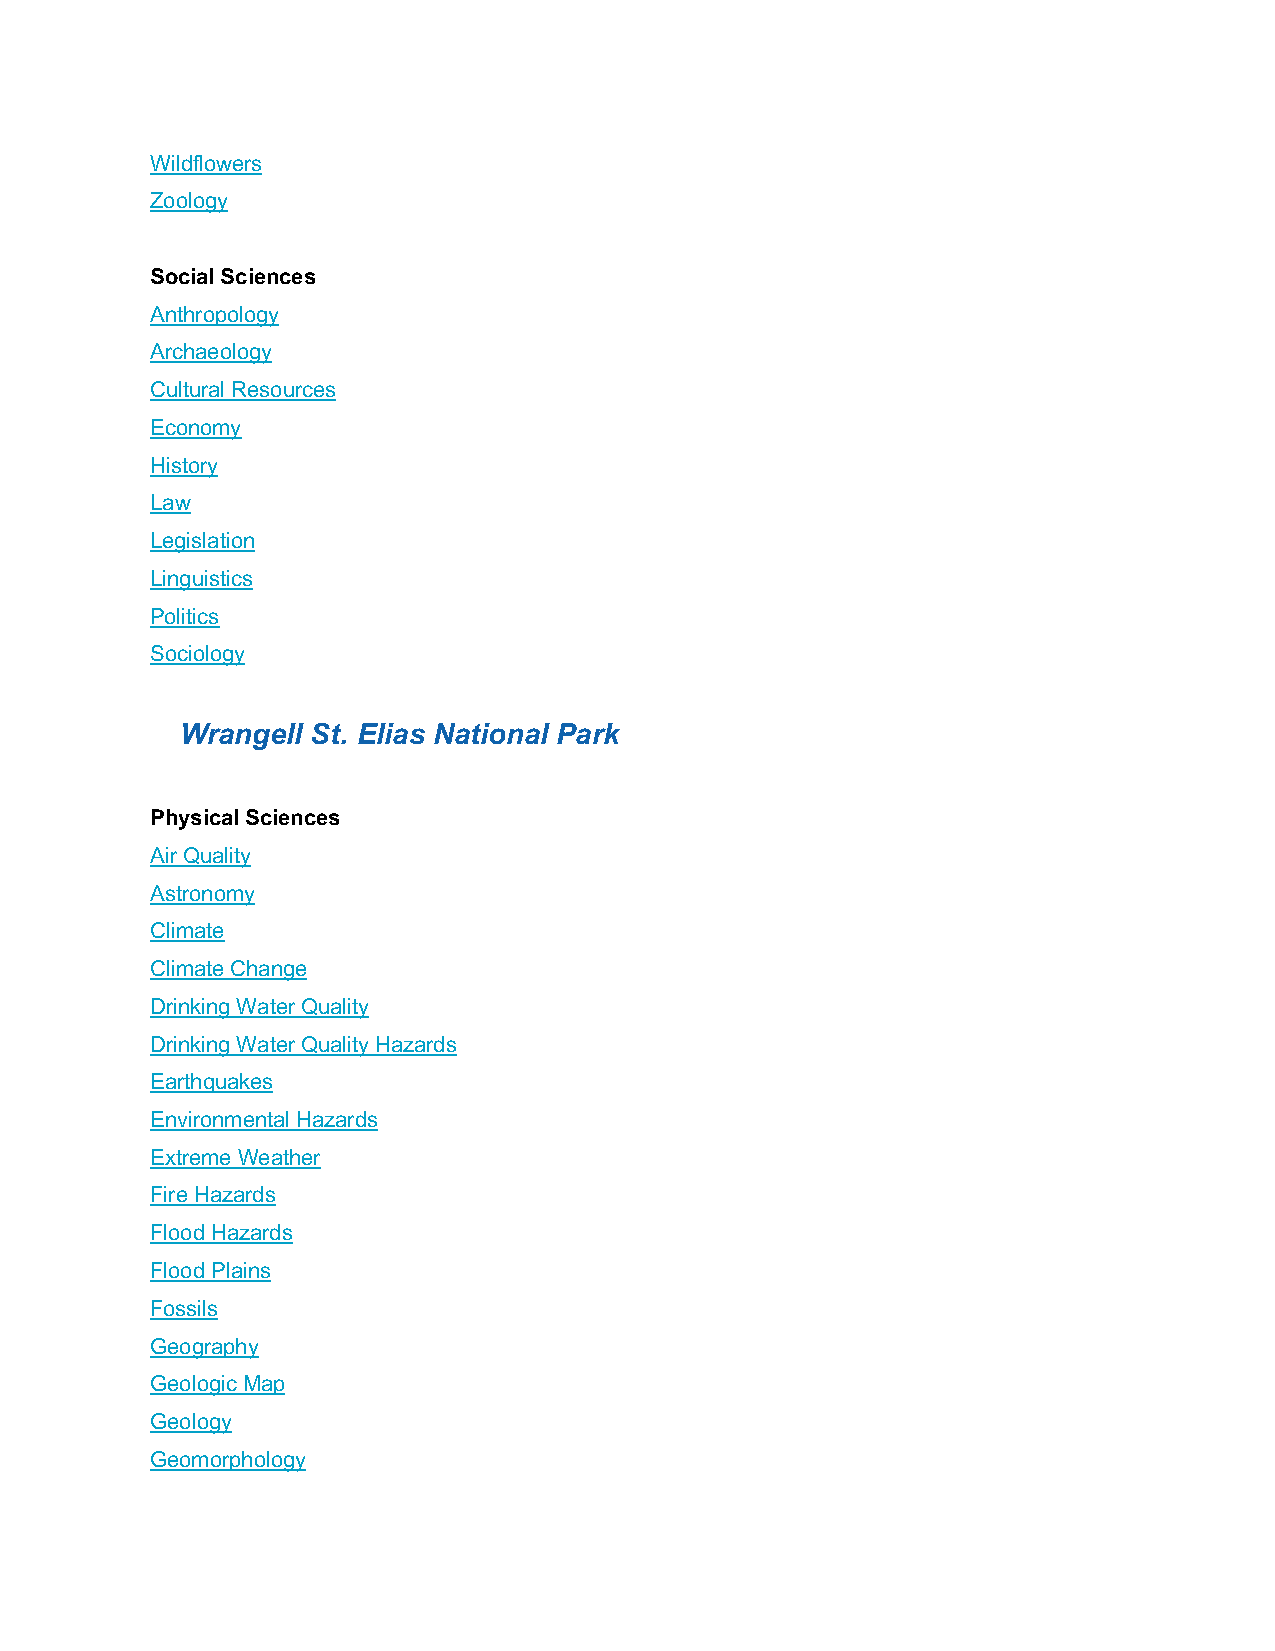
Wildflowers
 Zoology
 Social Sciences
 Anthropology
 Archaeology
 Cultural Resources
 Economy
 History
 Law
 Legislation
 Linguistics
 Politics
 Sociology
 Wrangell St. Elias National Park
 Physical Sciences
 Air Quality
 Astronomy
 Climate
 Climate Change
 Drinking Water Quality
 Drinking Water Quality Hazards
 Earthquakes
 Environmental Hazards
 Extreme Weather
 Fire Hazards
 Flood Hazards
 Flood Plains
 Fossils
 Geography
 Geologic Map
 Geology
 Geomorphology